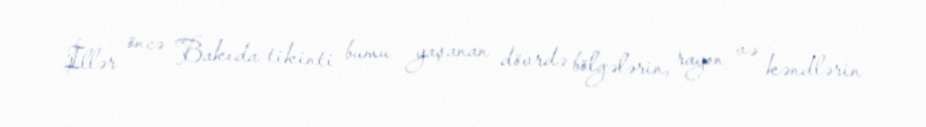
İllər öncə Bakıda tikinti bumu yaşanan dövrdə bölgələrin, rayon və kəndlərin